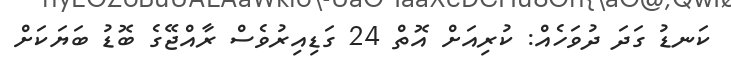
ކަނޑު ގަދަ ދުވަހެއް: ކުރިއަށް އޮތް 24 ގަޑިއިރުވެސް ރާއްޖޭގެ ބޮޑު ބަޔަކަށް